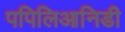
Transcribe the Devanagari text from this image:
पपिलिआनिडी